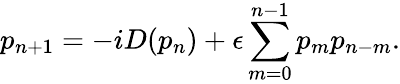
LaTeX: p_{n+1}=-iD(p_{n})+\epsilon\sum_{m=0}^{n-1}p_{m}p_{n-m}.